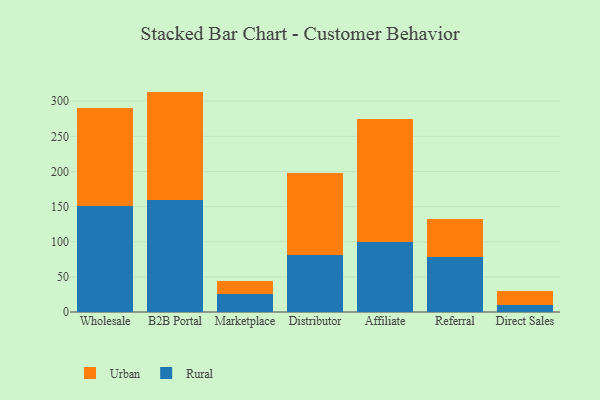
{"axis": {"x": "Channel", "y": "Gross Profit (USD K)"}, "legend": ["Rural", "Urban"], "data": [{"x": "Wholesale", "y": 151.1, "type": "Rural"}, {"x": "Wholesale", "y": 139.1, "type": "Urban"}, {"x": "B2B Portal", "y": 159.4, "type": "Rural"}, {"x": "B2B Portal", "y": 154.2, "type": "Urban"}, {"x": "Marketplace", "y": 25.2, "type": "Rural"}, {"x": "Marketplace", "y": 18.7, "type": "Urban"}, {"x": "Distributor", "y": 81.7, "type": "Rural"}, {"x": "Distributor", "y": 116.6, "type": "Urban"}, {"x": "Affiliate", "y": 100.2, "type": "Rural"}, {"x": "Affiliate", "y": 174.2, "type": "Urban"}, {"x": "Referral", "y": 78.9, "type": "Rural"}, {"x": "Referral", "y": 53.3, "type": "Urban"}, {"x": "Direct Sales", "y": 10.3, "type": "Rural"}, {"x": "Direct Sales", "y": 18.9, "type": "Urban"}]}